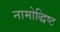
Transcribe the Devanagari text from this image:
नामोद्धिष्ट